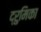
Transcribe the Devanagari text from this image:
द्रुमिका